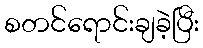
စတင်ရောင်းချခဲ့ပြီး